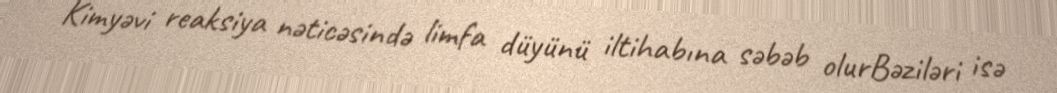
Kimyəvi reaksiya nəticəsində limfa düyünü iltihabına səbəb olurBəziləri isə